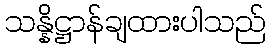
သန္နိဋ္ဌာန်ချထားပါသည်